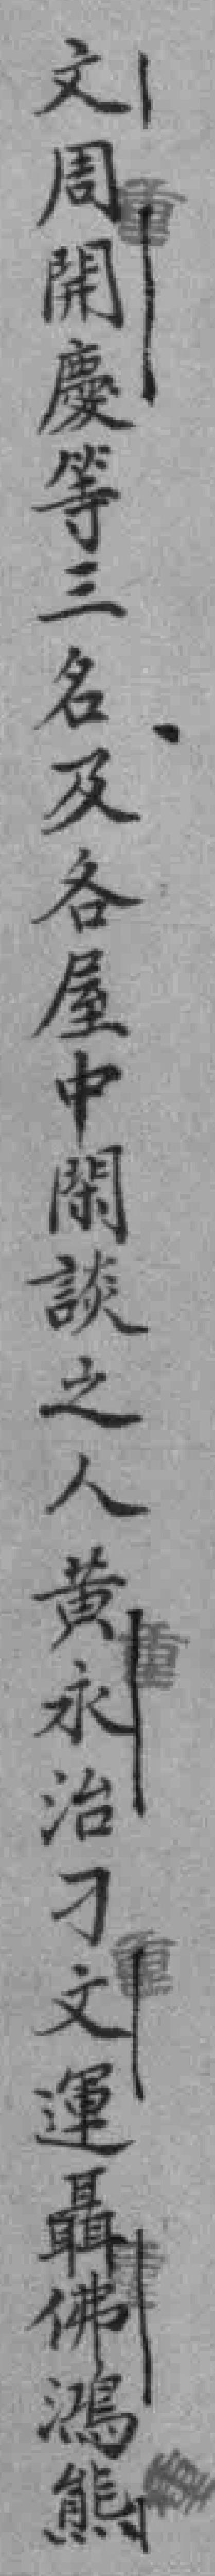
文周開慶等三名及各屋中閑談之人黄永治刁文運聶佛鴻熊